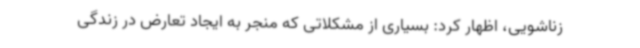
زناشویی، اظهار کرد: بسیاری از مشکلاتی که منجر به ایجاد تعارض در زندگی